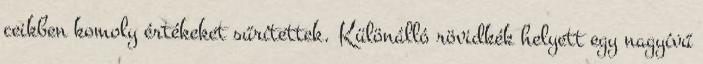
ceikben komoly értékeket sűrítettek. Különálló rövidkék helyett egy nagyívű